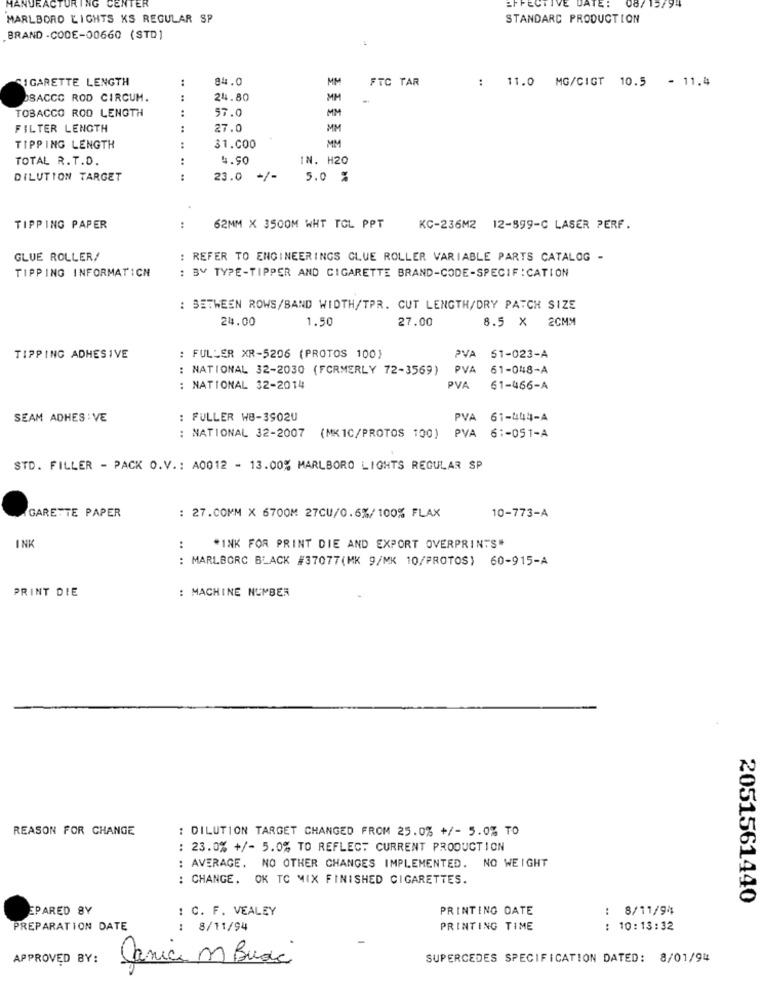
CENTER
MANUEA
EFFEC
TE:
08/15/94
MARLBORO LIGHTS KS REGULAR SP
STANDARD PRODUCTION
BRAND -CODE-00660 (STD)
CIGARETTE LENGTH
:
84.0
MM
FTC TAR
: 11.0 MG/CIGT 10.5 - 11.4
OSACCO ROD CIRCUM.
24.80
MM
TOBACCO ROD LENGTH
MM
57.0
FILTER LENGTH
27.0
MM
TIPPING LENGTH
:
31.000
MM
TOTAL R. T.D.
:
4.50
IN. H20
DILUTION TARGET
:
23.0
+/-
5.0 %
TIPPING PAPER
:
62MM X 3500M WHT TOL PPT
KC-236M2 12-899-C LASER PERF.
GLUE ROLLER/
: REFER TO ENGINEERINGS GLUE ROLLER VARIABLE PARTS CATALOG -
TIPPING INFORMATICH
: BV TYPE-TIPPER AND CIGARETTE BRAND-CODE-SPECIFICATION
: BETWEEN ROWS/BAND WIDTH/TPR. CUT LENGTH/DRY PATCH SIZE
24.00
1.50
27.00
8.5 X 2CMM
TIPPING ADHESIVE
: FULLER XR-5206 (PROTOS 100)
PVA 51-023-A
: NATIONAL 32-2030 (FORMERLY 72-3569)
PVA 61-048-A
: NATIONAL 32-2014
PVA
61-466-A
SEAM ADHES : VE
: FULLER WB-3902U
PVA 61-444-A
: NATIONAL 32-2007 (MK1C/PROTOS 100)
PVA 6 :- 051-A
STD. FILLER - PACK O.V .: A0012 - 13.00% MARLBORO LIGHTS REGULAR SP
GARETTE PAPER
10-773-A
: 27.COMM X 6700M 27CU/0.6%/100% FLAX
INK
:
"INK FOR PRINT DIE AND EXPORT OVERPRINTS"
: MARLBORC BLACK #37077(MK 9/MK 10/PROTOS) 60-915-A
PRINT DIE
: MACHINE NUMBER
REASON FOR CHANGE
: DILUTION TARGET CHANGED FROM 25.0% +/- 5.0% TO
: 23.0% +/- 5.0% TO REFLECT CURRENT PRODUCTION
: AVERAGE. NO OTHER CHANGES IMPLEMENTED. NO WEIGHT
: CHANGE. OK TO MIX FINISHED CIGARETTES.
2051561440
EPARED BY
: C. F. VEALEY
PRINTING DATE
8/11/94
.
PREPARATION DATE
: 8/11/94
PRINTING TIME
: 10:13:32
APPROVED BY:
Janice m Buda
SUPERCEDES SPECIFICATION DATED: 8/01/94